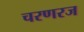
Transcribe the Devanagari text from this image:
चरणरज